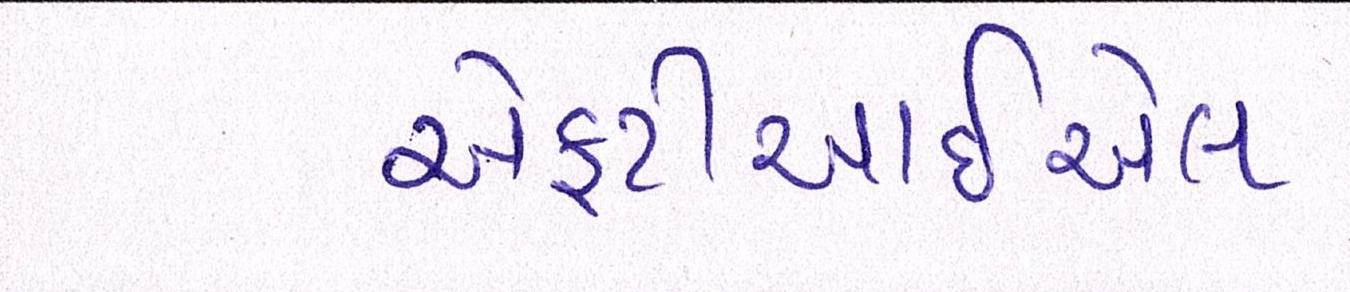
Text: એફટીઆઈએલ